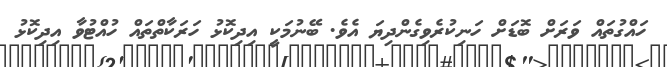
ހައްގުތައް ވަރަށް ބޮޑަށް ހަނިކުރެވިގެންދިޔަ އެވެ. ބޭނުމަކީ އިދިކޮޅު ހަރަކާތްތައް ހުއްޓުވާ އިދިކޮޅު